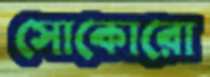
সোকোরো